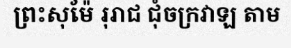
ព្រះសុម៉ែ រុរាជ ជុំចក្រវាឡ តាម